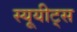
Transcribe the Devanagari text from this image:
स्यूयीट्स